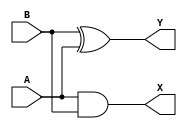
module Semisumador (
  input A,
  input B,
  output Y,
  output X
);
  assign Y = (B ^ A);
  assign X = (A & B);
endmodule